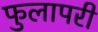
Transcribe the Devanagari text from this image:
फुलापरी